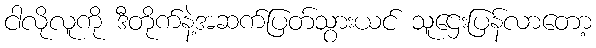
ငါလိုလူကို ဒီတိုက်နဲ့အဆက်ပြတ်သွားယင် သူဌေးပြန်လာတော့